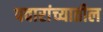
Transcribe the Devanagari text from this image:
पवारांच्यातील